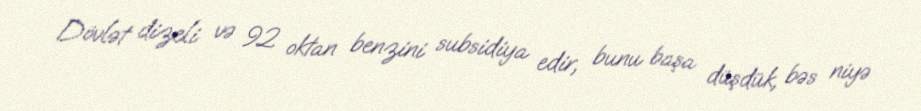
Dövlət dizeli və 92 oktan benzini subsidiya edir, bunu başa düşdük, bəs niyə